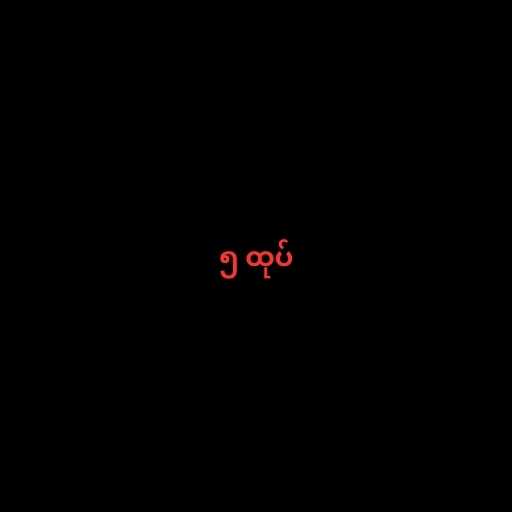
၅ ထုပ်